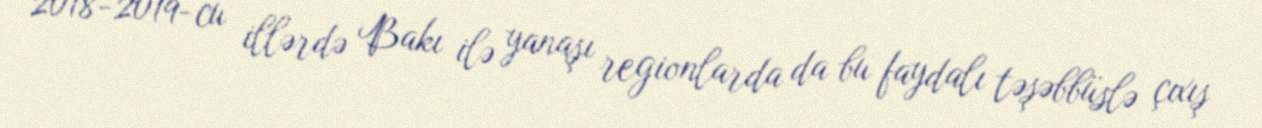
2018-2019-cu illərdə Bakı ilə yanaşı regionlarda da bu faydalı təşəbbüslə çıxış